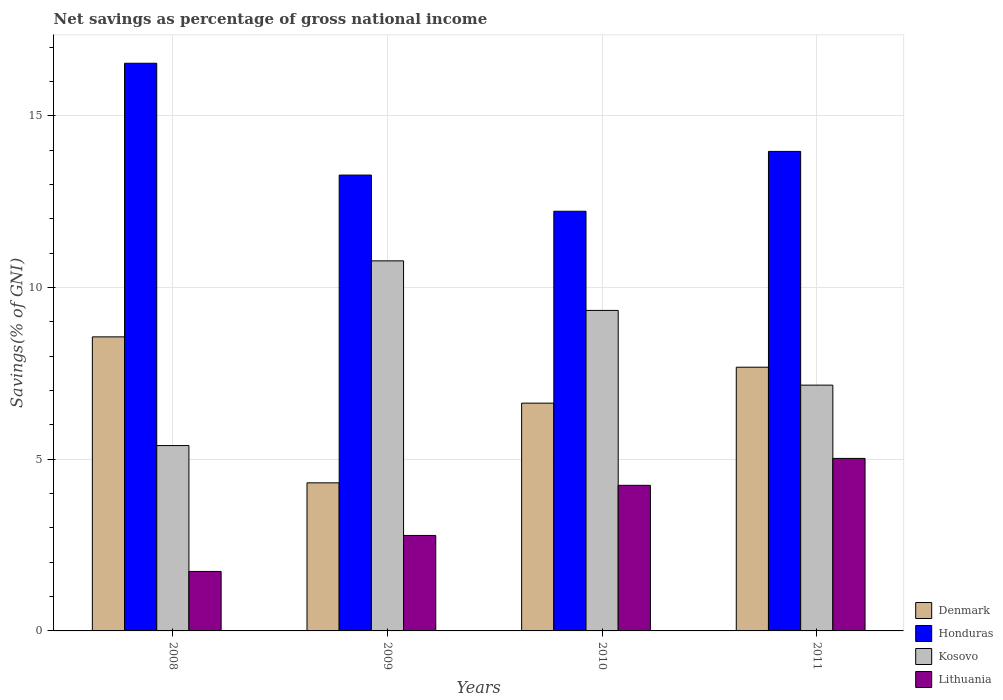
| Years | Denmark | Honduras | Kosovo | Lithuania |
 | --- | --- | --- | --- | --- |
 | 2008 | 8.56 | 16.5 | 5.4 | 1.73 |
 | 2009 | 4.31 | 13.3 | 10.8 | 2.78 |
 | 2010 | 6.63 | 12.2 | 9.33 | 4.24 |
 | 2011 | 7.68 | 14 | 7.16 | 5.02 |